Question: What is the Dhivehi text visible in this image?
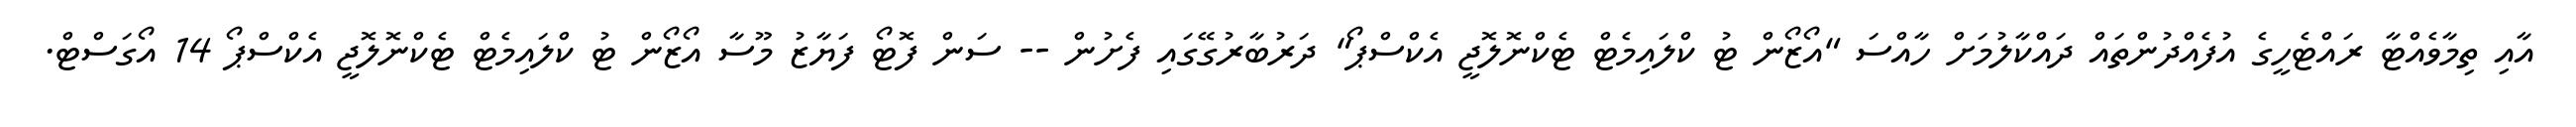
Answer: އާއި ތިމާވެއްޓާ ރައްޓެހީގެ އުފެއްދުންތައް ދައްކާލުމަށް ހާއްސަ "އޯޒޯން ޓު ކްލައިމެޓް ޓެކްނޮލޮޖީ އެކްސްޕޯ" ދަރުބާރުގޭގައި ފެށުން -- ސަން ފޮޓޯ ފަޔާޒު މޫސާ އޯޒޯން ޓު ކްލައިމެޓް ޓެކްނޮލޮޖީ އެކްސްޕޯ 14 އޯގަސްޓް.